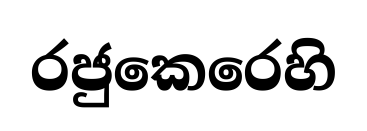
රජුකෙරෙහි